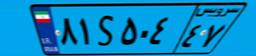
۲۲S۸۵۴۶۶